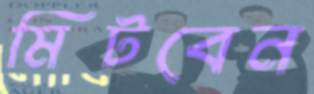
মিটবেন